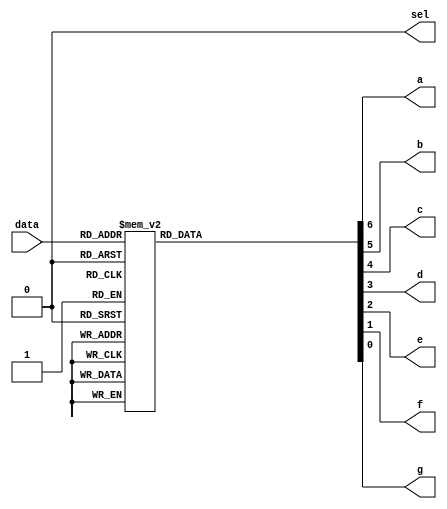
module LED_7(data,a,b,c,d,e,f,g,sel);
	input [3:0] data;
	output a,b,c,d,e,f,g;
	output sel = 1'b0;
	reg a,b,c,d,e,f,g;
		always @ (data)
			begin
				case(data)
					4'b0000:{a,b,c,d,e,f,g} = 7'b1111110;
					4'b0001:{a,b,c,d,e,f,g} = 7'b0110000;
					4'b0010:{a,b,c,d,e,f,g} = 7'b1101101;
					4'b0011:{a,b,c,d,e,f,g} = 7'b1111001;
					4'b0100:{a,b,c,d,e,f,g} = 7'b0110011;
					4'b0101:{a,b,c,d,e,f,g} = 7'b1011011;
					4'b0110:{a,b,c,d,e,f,g} = 7'b1011111;
					4'b0111:{a,b,c,d,e,f,g} = 7'b1110000;
					4'b1000:{a,b,c,d,e,f,g} = 7'b1111111;
					4'b1001:{a,b,c,d,e,f,g} = 7'b1111011;
					default:{a,b,c,d,e,f,g} = 7'b0000000;
				endcase
			end
endmodule